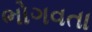
ભોગવતા